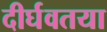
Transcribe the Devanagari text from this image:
दीर्घवतया